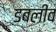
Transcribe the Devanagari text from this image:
डबलीव